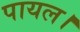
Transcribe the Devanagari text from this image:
पायल।